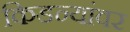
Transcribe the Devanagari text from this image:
किडन्यांवर